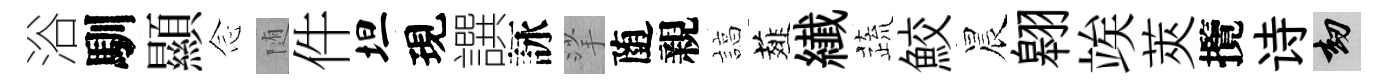
浴馴顯𫝹随件坦現譔詠挲随親諄薤纎蔬鮫晨翱竢莢攬诗劫